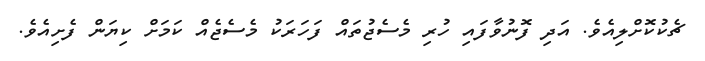
ޗެކުކޮށްލިއެވެ. އަދި ފޮނުވާފައި ހުރި މެސެޖުތައް ފަހަރަކު މެސެޖެއް ކަމަށް ކިޔަން ފެށިއެވެ.